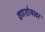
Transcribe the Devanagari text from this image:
व्रणशोथावर